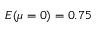
E ( \mu = 0 ) = 0 . 7 5